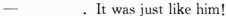
—___ .It was just like him!